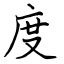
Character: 度